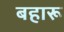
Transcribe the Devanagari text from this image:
बहारू